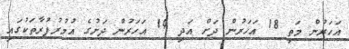
އަހަރުން މަތި 18 އަހަރުން ދަށް އަދި 14 އަހަރުން ދަށުގެ އުމުރުފުރާތަކުގައި